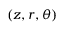
( z , r , \theta )